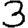
Digit: 3